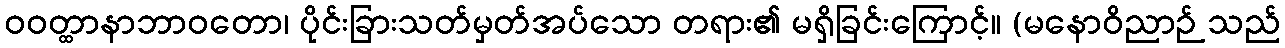
ဝဝတ္ထာနာဘာဝတော၊ ပိုင်းခြားသတ်မှတ်အပ်သော တရား၏ မရှိခြင်းကြောင့်။ (မနောဝိညာဉ် သည်